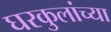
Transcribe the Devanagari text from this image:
घरकुलांच्या